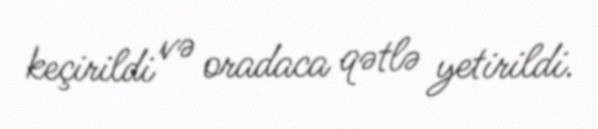
keçirildi və oradaca qətlə yetirildi.